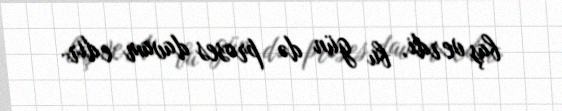
baş verdi, bu gün də proses davam edir.